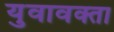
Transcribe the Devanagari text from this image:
युवावक्ता